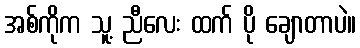
အစ်ကိုက သူ့ ညီလေး ထက် ပို ချောတာပဲ။